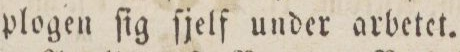
plogen ſig ſjelf under arbetet.